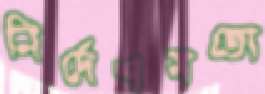
নির্দেশমতো